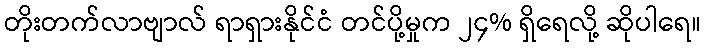
တိုးတက်လာဗျာလ် ရာရှားနိုင်ငံ တင်ပို့မှုက ၂၄% ရှိရေလို့ ဆိုပါရေ။